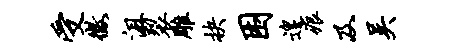
受征沮裂雕抉困遑痕及吴